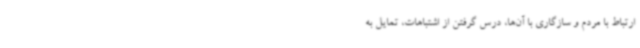
ارتباط با مردم و سازگاری با آن‌ها، درس گرفتن از اشتباهات، تمایل به